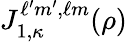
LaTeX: J_{1,\kappa}^{\ell^{\prime}m^{\prime},\ell m}(\rho)